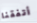
أتفقنا